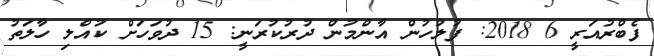
ފެބްރުއަރީ 6 2018: ފުލުހުން އާންމުން ދުރުކުރަނީ: 15 ދުވަހަށް ކުއްލި ހާލަތު